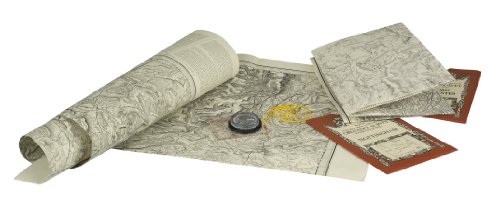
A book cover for Cardiff and Newport (Victorian Ordnance Survey) (No.67); David & Charles Publishers; Travel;